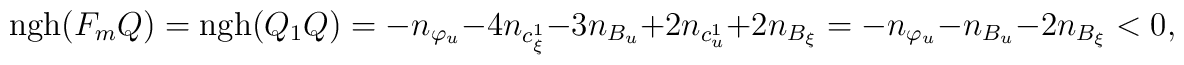
\hbox{ngh}(F_mQ)=\hbox{ngh}(Q_1Q)=-n_{\varphi_u}-4n_{c^1_\xi}-3n_{B_u}+2n_{c^1_u}+2n_{B_\xi}=-n_{\varphi_u}-n_{B_u}-2n_{B_\xi}<0,